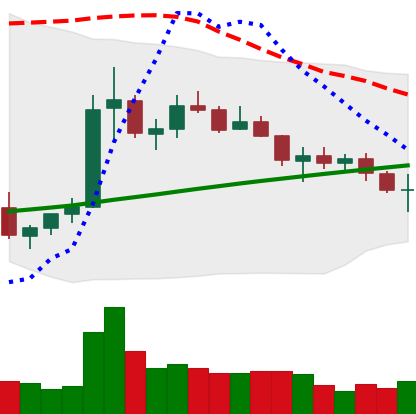
Ticker: ETC-USD
Chart end date: 2021-07-14
Forward return: -9.096%
Label: down_7plus